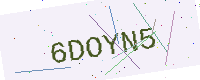
Text: 6DOYN5